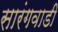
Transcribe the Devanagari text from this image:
सारंगवाडी